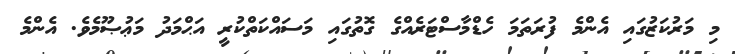
މި މަރުކަޒުގައި އެންމެ ފުރަތަމަ ހެޑްމާސްޓަރެއްގެ ގޮތުގައި މަސައްކަތްކުރީ އަޙްމަދު މަޢުޞޫމެވެ. އެންމެ